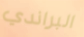
البراندي